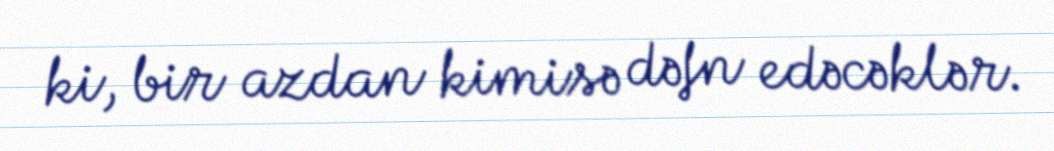
ki, bir azdan kimisə dəfn edəcəklər.